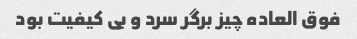
فوق العاده چیز برگر سرد و بی کیفیت بود